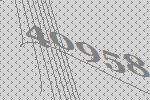
40958